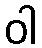
ဝါ